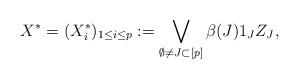
LaTeX: \begin{align*}X^* = (X_i^*)_{1\leq i\leq p} := \bigvee_{\emptyset \neq J \subset [p]} \beta(J) 1_J Z_J,\end{align*}